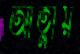
আত্নীয়